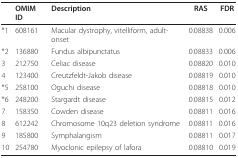
|  | OMIM ID | Description | RAS | FDR |
 | --- | --- | --- | --- | --- |
 | *1 | 608161 | Macular dystrophy, vitelliform, adult-onset | 0.08838 | 0.006 |
 | *2 | 136880 | Fundus albipunctatus | 0.08833 | 0.006 |
 | 3 | 212750 | Celiac disease | 0.08820 | 0.010 |
 | 4 | 123400 | Creutzfeldt-Jakob disease | 0.08819 | 0.010 |
 | *5 | 258100 | Oguchi disease | 0.08818 | 0.010 |
 | *6 | 248200 | Stargardt disease | 0.08815 | 0.012 |
 | 7 | 158350 | Cowden disease | 0.08811 | 0.016 |
 | 8 | 612242 | Chromosome 10q23 deletion syndrome | 0.08811 | 0.016 |
 | 9 | 185800 | Symphalangism | 0.08811 | 0.017 |
 | 10 | 254780 | Myoclonic epilepsy of lafora | 0.08810 | 0.019 |